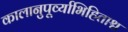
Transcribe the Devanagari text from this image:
कालानुपूर्व्याभिहिताश्च